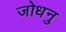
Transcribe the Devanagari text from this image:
जोधनु